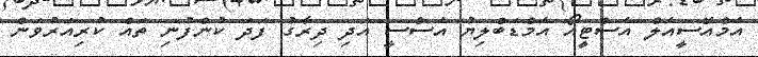
އެމްއޭސީއެލް އެސްޓީއޯ އެމްޑަބްލިޔު އެސްސީ އަދި ދިރާގު ފަދަ ކުންފުނި ތައް ކުރިއަރުވަން